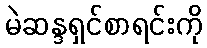
မဲဆန္ဒရှင်စာရင်းကို